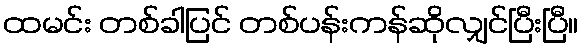
ထမင်း တစ်ခါပြင် တစ်ပန်းကန်ဆိုလျှင်ပြီးပြီ။